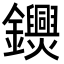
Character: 𨯺